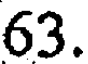
63.